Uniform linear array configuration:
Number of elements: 24
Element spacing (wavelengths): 0.5
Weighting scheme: exponential
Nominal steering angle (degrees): -15
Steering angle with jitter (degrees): -15.386
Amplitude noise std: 0.05
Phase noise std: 0.05

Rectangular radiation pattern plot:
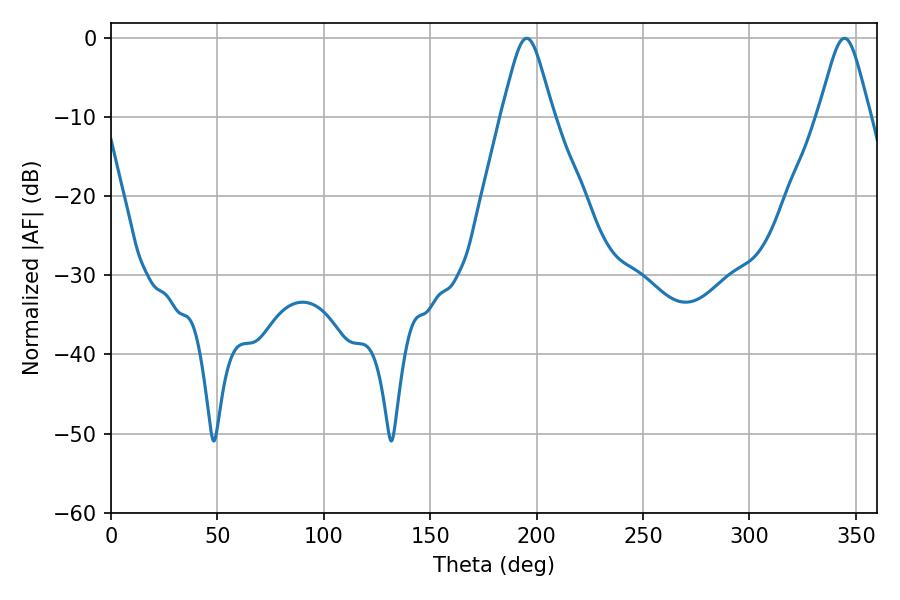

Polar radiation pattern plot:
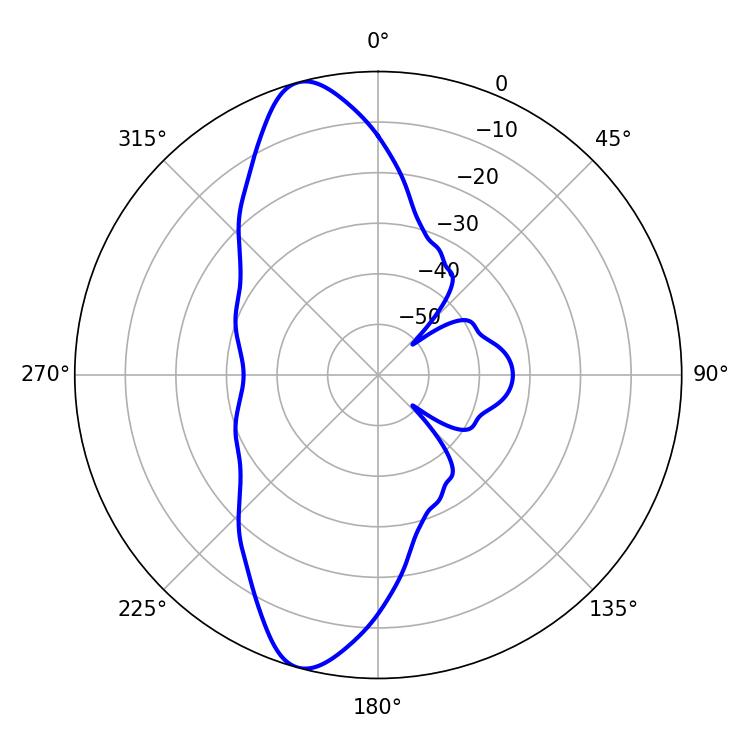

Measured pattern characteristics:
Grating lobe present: FALSE
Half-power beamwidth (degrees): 11.7
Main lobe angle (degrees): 195.3